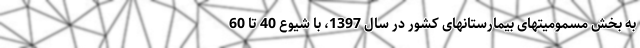
به بخش مسمومیتهای بیمارستانهای کشور در سال 1397، با شیوع 40 تا 60